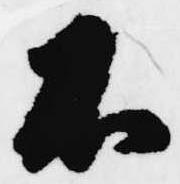
不